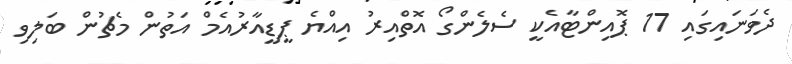
ދެވަނައިގައި 17 ޕޮއިންޓާއެކީ ސެލެންގޯ އޮތްއިރު އިއްޔެ ޕީޑީއާރުއެމް އަތުން މެޗުން ބަލިވި